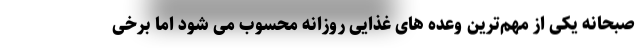
صبحانه یکی از مهم‌ترین وعده های غذایی روزانه محسوب می شود اما برخی